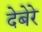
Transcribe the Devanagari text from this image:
देबेरे